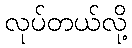
လုပ်တယ်လို့